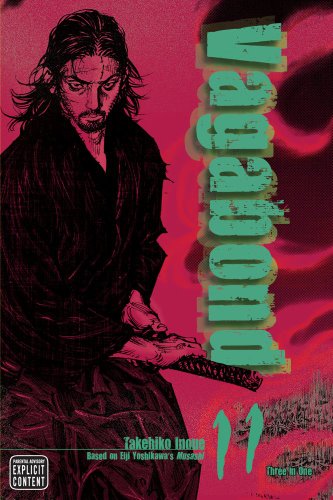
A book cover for Vagabond VIZBIG Edition, Vol. 11; Takehiko Inoue; Comics & Graphic Novels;